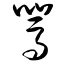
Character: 骂